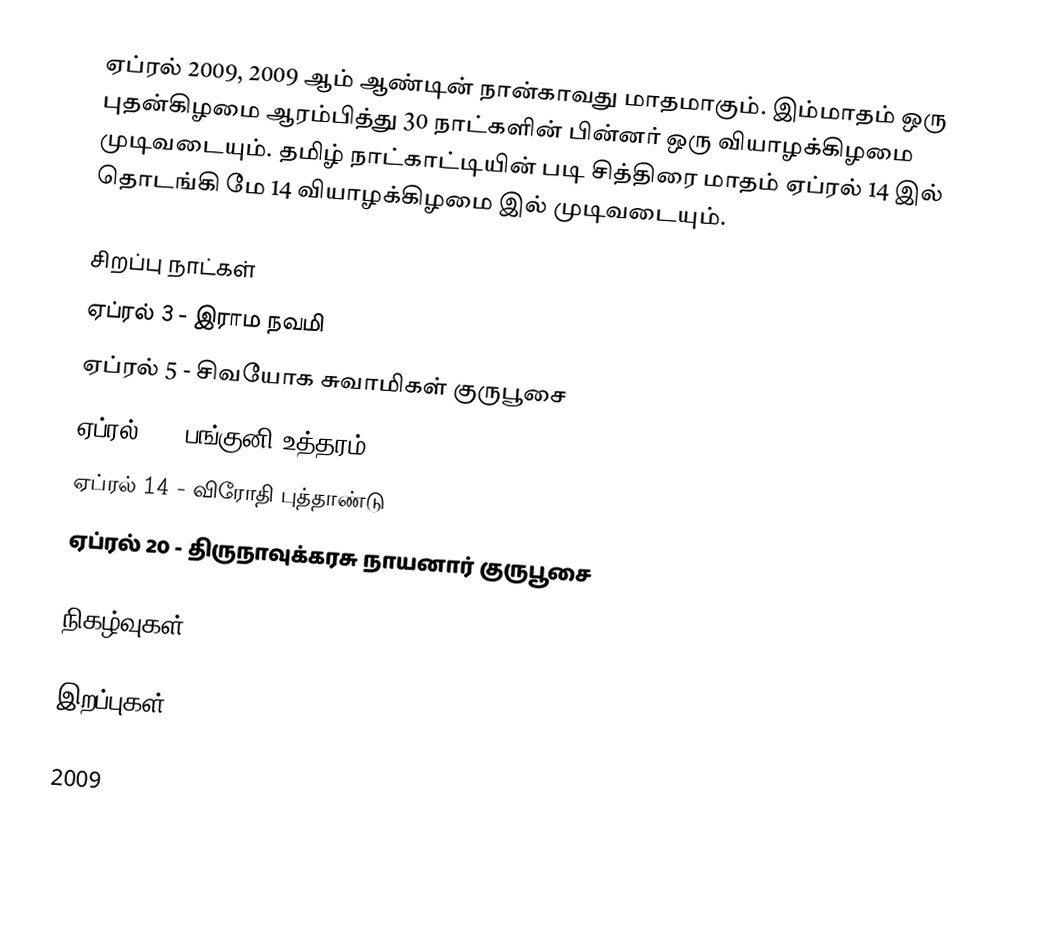
ஏப்ரல் 2009, 2009 ஆம் ஆண்டின் நான்காவது மாதமாகும். இம்மாதம் ஒரு புதன்கிழமை ஆரம்பித்து 30 நாட்களின் பின்னர் ஒரு வியாழக்கிழமை முடிவடையும். தமிழ் நாட்காட்டியின் படி சித்திரை மாதம் ஏப்ரல் 14 இல் தொடங்கி மே 14 வியாழக்கிழமை இல் முடிவடையும்.

சிறப்பு நாட்கள்
 ஏப்ரல் 3 - இராம நவமி
 ஏப்ரல் 5 - சிவயோக சுவாமிகள் குருபூசை
 ஏப்ரல் 8 - பங்குனி உத்தரம்
 ஏப்ரல் 14 - விரோதி புத்தாண்டு
 ஏப்ரல் 20 - திருநாவுக்கரசு நாயனார் குருபூசை

நிகழ்வுகள்

இறப்புகள்

2009